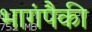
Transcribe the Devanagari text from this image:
भागंपैकी